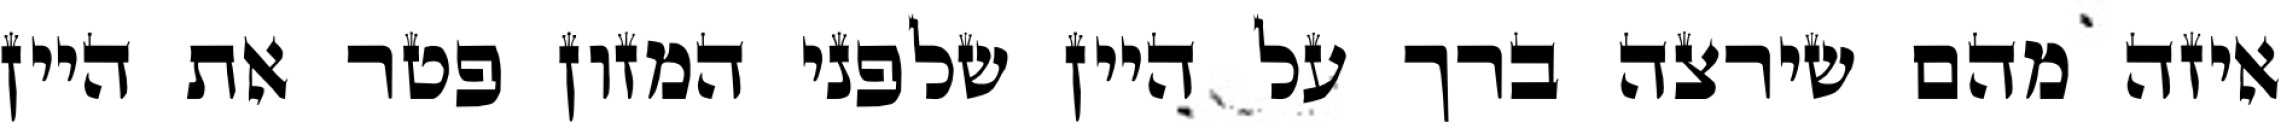
איזה מהם שירצה ברך על היין שלפני המזון פטר את היין